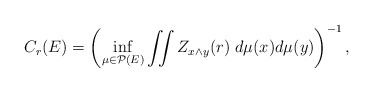
\begin{align*}C_r(E)=\left(\inf_{\mu\in \mathcal{P}(E)}\iint Z_{x\land y}(r)\;d\mu(x)d\mu(y)\right)^{-1},\end{align*}